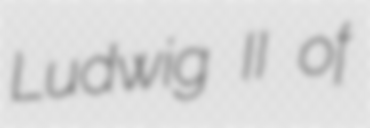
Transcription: Ludwig II of